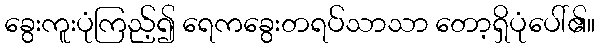
ခွေးကူးပုံကြည့်၍ ရေကခွေးတရပ်သာသာ တော့ရှိပုံပေါ်၏။